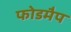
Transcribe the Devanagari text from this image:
फोडमैप